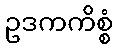
ဥဒကကိစ္စံ